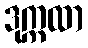
ဒုက္ကထာ